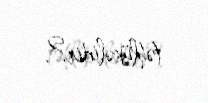
təhlükəlidir?.